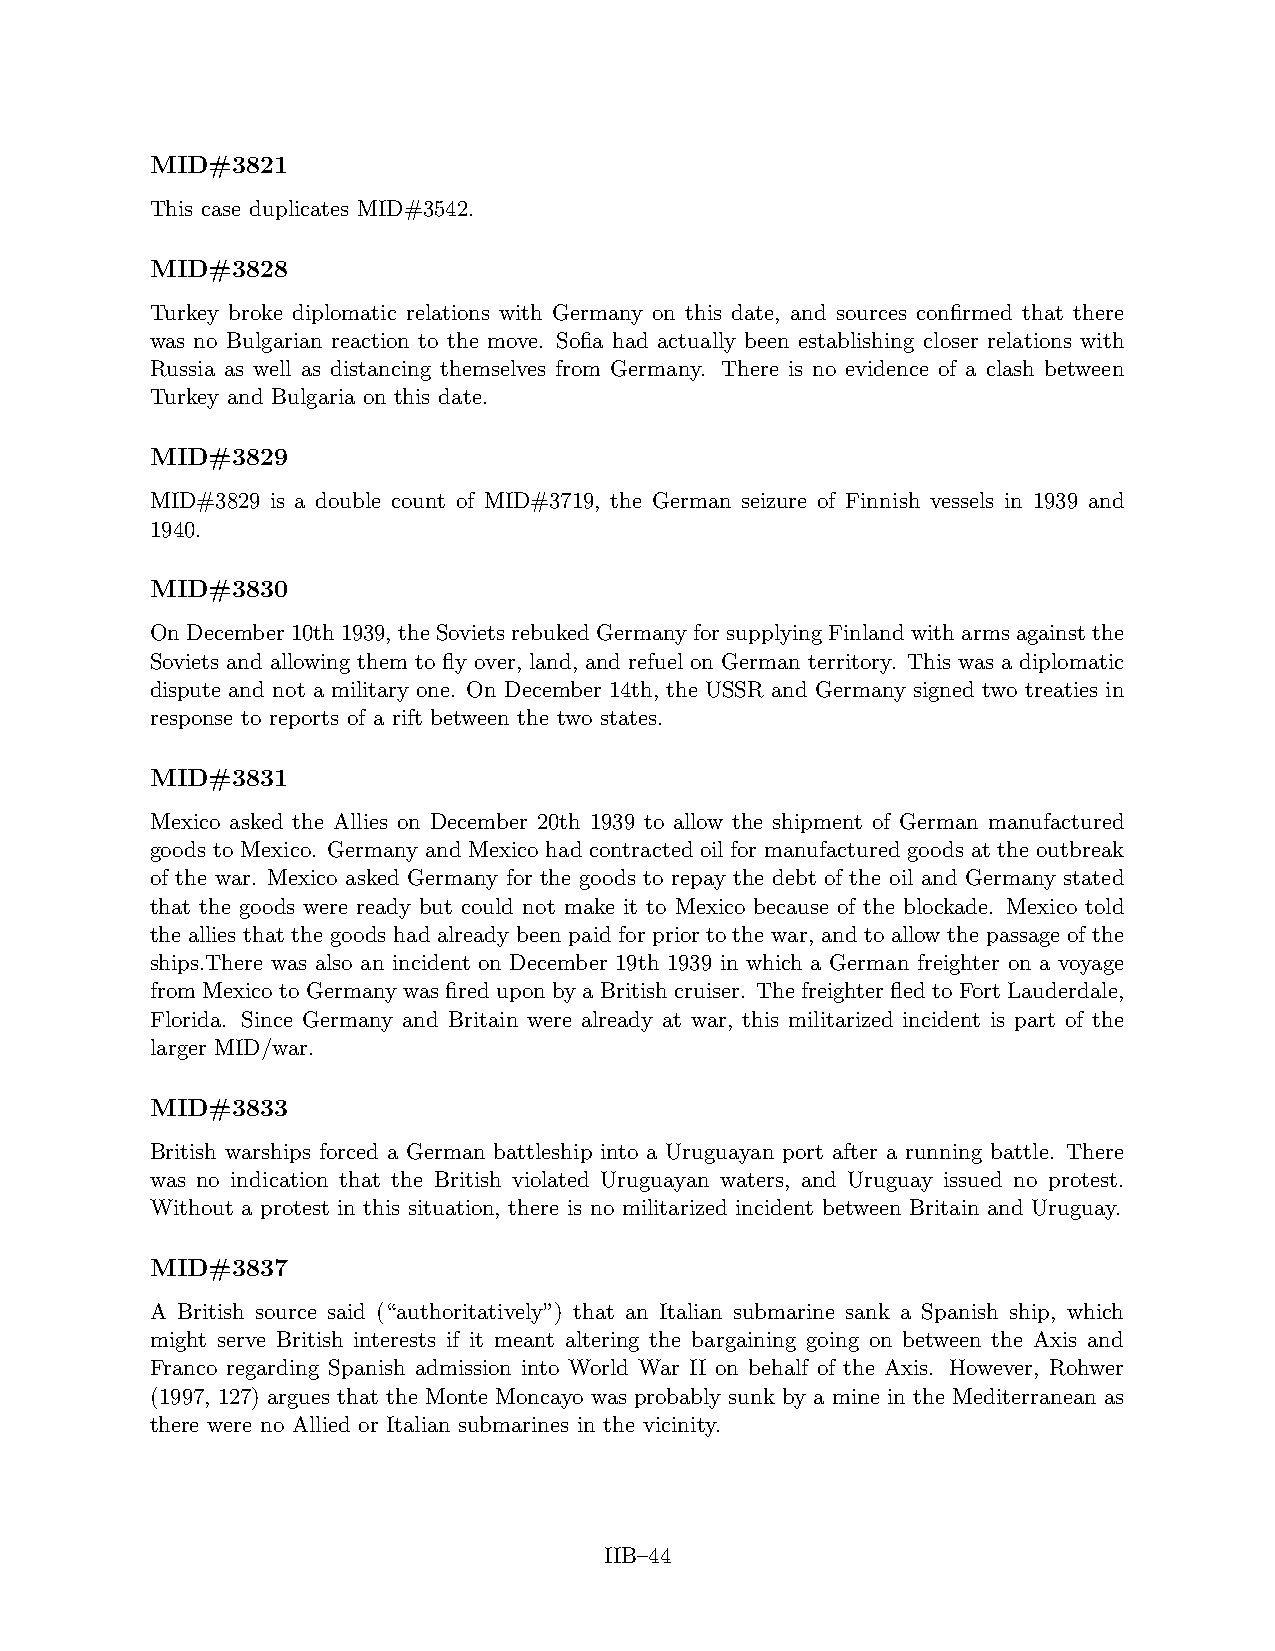
MID#3821
 This case duplicates MID#3542.
 MID#3828
 Turkey broke diplomatic relations with Germany on this date, and sources confirmed that there
 was no Bulgarian reaction to the move. Sofia had actually been establishing closer relations with
 Russia as well as distancing themselves from Germany. There is no evidence of a clash between
 Turkey and Bulgaria on this date.
 MID#3829
 MID#3829 is a double count of MID#3719, the German seizure of Finnish vessels in 1939 and
 1940.
 MID#3830
 OnDecember10th1939, theSovietsrebukedGermanyforsupplyingFinlandwitharmsagainstthe
 Soviets and allowing them to fly over, land, and refuel on German territory. This was a diplomatic
 dispute and not a military one. On December 14th, the USSR and Germany signed two treaties in
 response to reports of a rift between the two states.
 MID#3831
 Mexico asked the Allies on December 20th 1939 to allow the shipment of German manufactured
 goods to Mexico. Germany and Mexico had contracted oil for manufactured goods at the outbreak
 of the war. Mexico asked Germany for the goods to repay the debt of the oil and Germany stated
 that the goods were ready but could not make it to Mexico because of the blockade. Mexico told
 the allies that the goods had already been paid for prior to the war, and to allow the passage of the
 ships.There was also an incident on December 19th 1939 in which a German freighter on a voyage
 from Mexico to Germany was fired upon by a British cruiser. The freighter fled to Fort Lauderdale,
 Florida. Since Germany and Britain were already at war, this militarized incident is part of the
 larger MID/war.
 MID#3833
 British warships forced a German battleship into a Uruguayan port after a running battle. There
 was no indication that the British violated Uruguayan waters, and Uruguay issued no protest.
 Without a protest in this situation, there is no militarized incident between Britain and Uruguay.
 MID#3837
 A British source said (“authoritatively”) that an Italian submarine sank a Spanish ship, which
 might serve British interests if it meant altering the bargaining going on between the Axis and
 Franco regarding Spanish admission into World War II on behalf of the Axis. However, Rohwer
 (1997, 127) argues that the Monte Moncayo was probably sunk by a mine in the Mediterranean as
 there were no Allied or Italian submarines in the vicinity.
 IIB–44